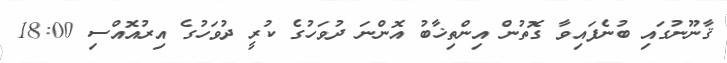
ޤާނޫނުގައި ބުނެފައިވާ ގޮތުން އިންތިޚާބު އޮންނަ ދުވަހުގެ ކުރީ ދުވަހުގެ އިރުއޮއްސި 18:00